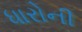
ધારોની